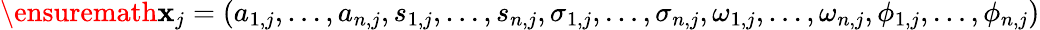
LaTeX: \ensuremath{\mathbf{x}}_{j}=(a_{1,j},\dots,a_{n,j},s_{1,j},\dots,s_{n,j},\sigma_{1,j},\dots,\sigma_{n,j},\omega_{1,j},\dots,\omega_{n,j},\phi_{1,j},\dots,\phi_{n,j})